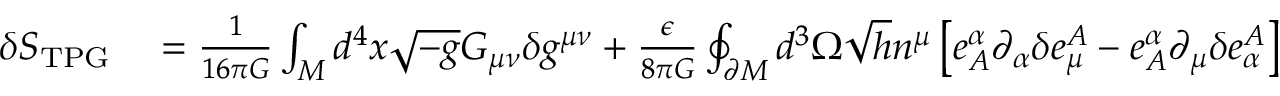
\begin{array} { r l } { \delta S _ { \mathrm { T P G } } } & { { } = \frac { 1 } { 1 6 \pi G } \int _ { M } d ^ { 4 } x \sqrt { - g } G _ { \mu \nu } \delta g ^ { \mu \nu } + \frac { \epsilon } { 8 \pi G } \oint _ { \partial M } d ^ { 3 } \Omega \sqrt { h } n ^ { \mu } \left[ e _ { A } ^ { \alpha } \partial _ { \alpha } \delta e _ { \mu } ^ { A } - e _ { A } ^ { \alpha } \partial _ { \mu } \delta e _ { \alpha } ^ { A } \right] } \end{array}